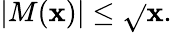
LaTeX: |M(\mathbf{x})|\leq{\sqrt{}{{\mathbf{x}}}}.